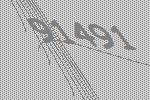
91491